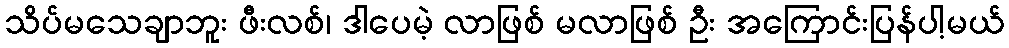
သိပ်မသေချာဘူး ဖီးလစ်၊ ဒါပေမဲ့ လာဖြစ် မလာဖြစ် ဦး အကြောင်းပြန်ပါ့မယ်